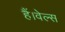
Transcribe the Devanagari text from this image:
हैं।वेल्स